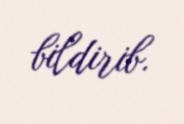
bildirib.